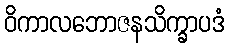
ဝိကာလဘောဇနသိက္ခာပဒံ